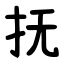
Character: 抚